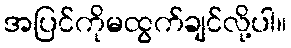
အပြင်ကိုမထွက်ချင်လို့ပါ။